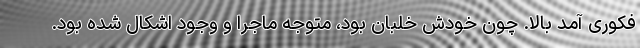
فکوری آمد بالا. چون خودش خلبان بود، متوجه ماجرا و وجود اشکال شده بود.